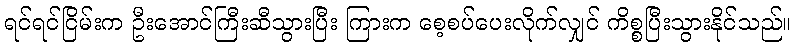
ရင်ရင်ငြိမ်းက ဦးအောင်ကြီးဆီသွားပြီး ကြားက စေ့စပ်ပေးလိုက်လျှင် ကိစ္စပြီးသွားနိုင်သည်။